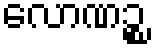
လောဏဉ္စ